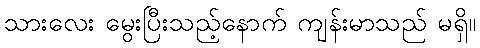
သားလေး မွေးပြီးသည့်နောက် ကျန်းမာသည် မရှိ။